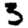
Digit: 3